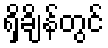
ရှိချိန်တွင်